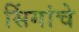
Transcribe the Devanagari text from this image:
सिंगांचे